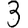
Digit: 3